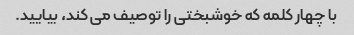
با چهار کلمه که خوشبختی را توصیف می کند، بیایید.